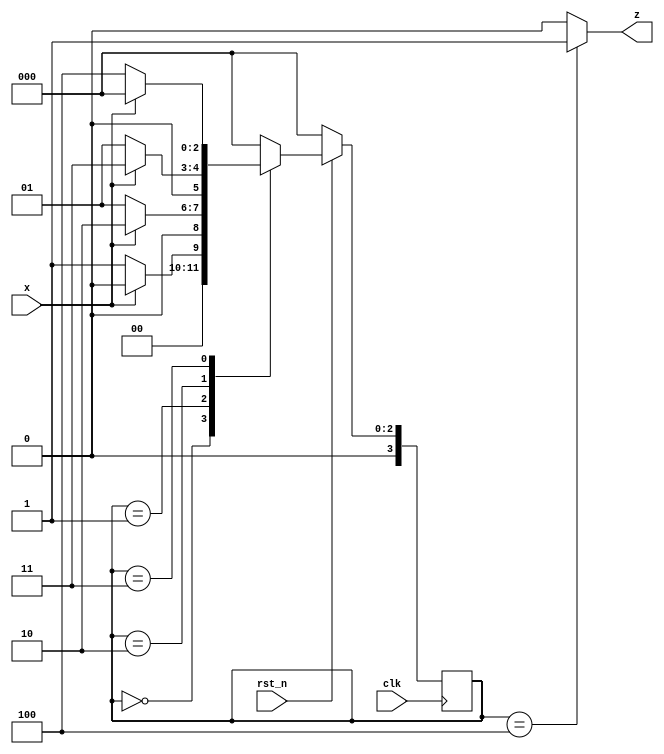
module more_non_ovr(input clk, rst_n, x, output z);
  parameter S0 = 4'h0;
  parameter S1 = 4'h1;
  parameter S2 = 4'h2;
  parameter S3 = 4'h3;
  parameter S4 = 4'h4;
  reg [3:0] state, next_state;
  always @(posedge clk ) begin
    if(!rst_n) state <= S0;
    else state <= next_state;end
  
  always @(state or x) begin
    case(state)
      S0: begin next_state=x?S0:S1;end 
      S1: begin next_state=x?S2:S1;end
      S2: begin next_state=x?S3:S1;end
      S3: begin next_state=x?S0:S4;end
      S4: begin next_state=x?S0:S0;end
      default: begin next_state = S0; end
    endcase
  end
  assign z=(state==S4)?1:0;
  
endmodule